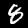
Digit: 8